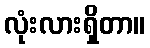
လုံးလားရှိတာ။